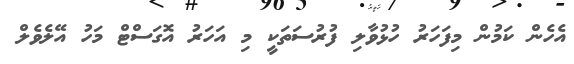
އެހެން ކަމުން މިފަހަރު ހުޅުވާލި ފުރުސަތަކީ މި އަހަރު އޮގަސްޓް މަހު އޭލެވެލް